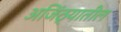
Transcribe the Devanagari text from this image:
अजिंठ्यातील